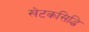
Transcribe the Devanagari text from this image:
खेटकसिद्धि